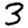
Digit: 3